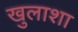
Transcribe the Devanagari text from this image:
खुलाशा